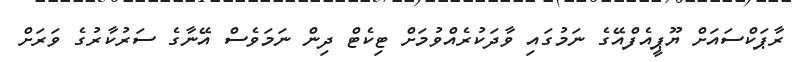
ރާޕަކްސައަށް ޔޫޕީއެފްއޭގެ ނަމުގައި ވާދަކުރެއްވުމަށް ޓިކެޓް ދިން ނަމަވެސް އޭނާގެ ސަރުކާރުގެ ވަރަށް